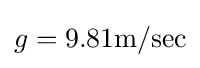
g=9.81{\text{m/sec}}